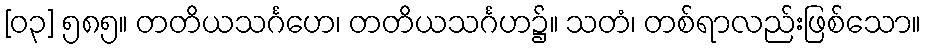
[၀၃] ၅၈၅။ တတိယသင်္ဂဟေ၊ တတိယသင်္ဂဟ၌။ သတံ၊ တစ်ရာလည်းဖြစ်သော။